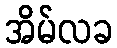
အိမ်လခ